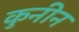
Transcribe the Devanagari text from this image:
कुनीन